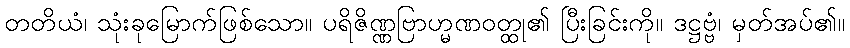
တတိယံ၊ သုံးခုမြောက်ဖြစ်သော။ ပရိဇိဏ္ဏဗြာဟ္မဏဝတ္ထု၏ ပြီးခြင်းကို။ ဒဋ္ဌဗ္ဗံ၊ မှတ်အပ်၏။